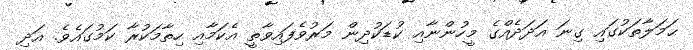
ޙަމަލާތަކުގައި ގިނަ އަދަދެއްގެ މީހުންނާއި ކުޑަކުދިން މަރުވެފައިވާތީ އެކަމާއި ހިތާމަކުރާ ކަމުގައެވެ. އަދި